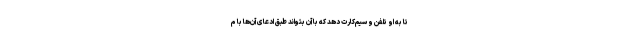
تا به او تلفن و سیم‌کارت دهد که با آن بتواند طبق ادعای آن‌ها با م